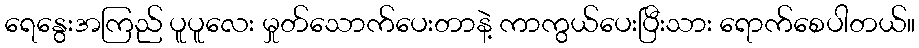
ရေနွေးအကြည် ပူပူလေး မှုတ်သောက်ပေးတာနဲ့ ကာကွယ်ပေးပြီးသား ရောက်စေပါတယ်။